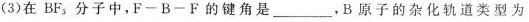
(3)在BF_{3}，分子中，F-B-F的键角是___，B原子的杂化轨道类型为